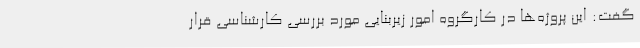
گفت: این پروژه‌ها در کارگروه امور زیربنایی مورد بررسی کارشناسی قرار